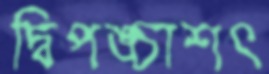
দ্বিপঙ্চাশৎ